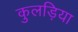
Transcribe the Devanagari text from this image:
कुलड़िया